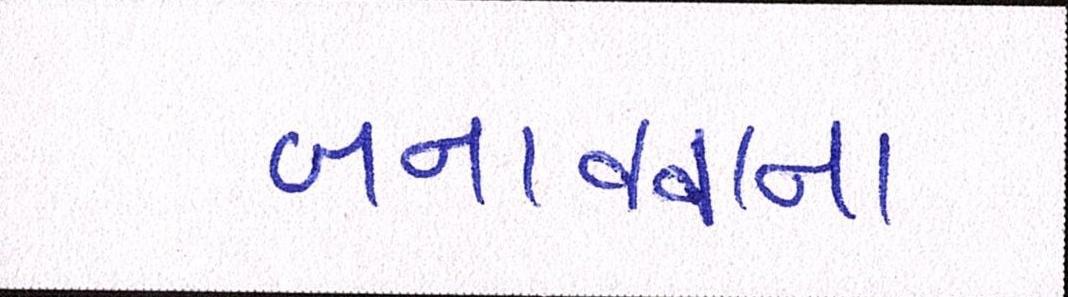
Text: બનાવવાના